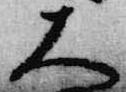
大